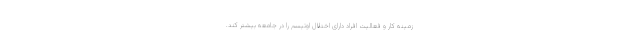
زمینه کار و فعالیت افراد دارای اختلال اوتیسم را در جامعه بیشتر کند.